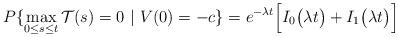
LaTeX: \begin{align*}P\{\max_{0\le s\le t}\mathcal{T}(s)=0\ |\ V(0) = -c\} = e^{-\lambda t} \Bigl[I_{0}\bigl(\lambda t\bigr)+I_{1}\bigl(\lambda t\bigr) \Bigr]\end{align*}